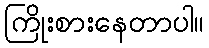
ကြိုးစားနေတာပါ။